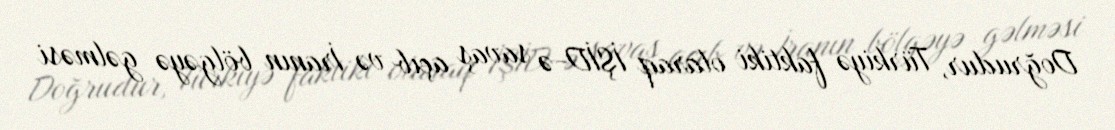
Doğrudur, Türkiyə faktiki olaraq İŞİD-ə savaş açıb və İranın bölgəyə gəlməsi